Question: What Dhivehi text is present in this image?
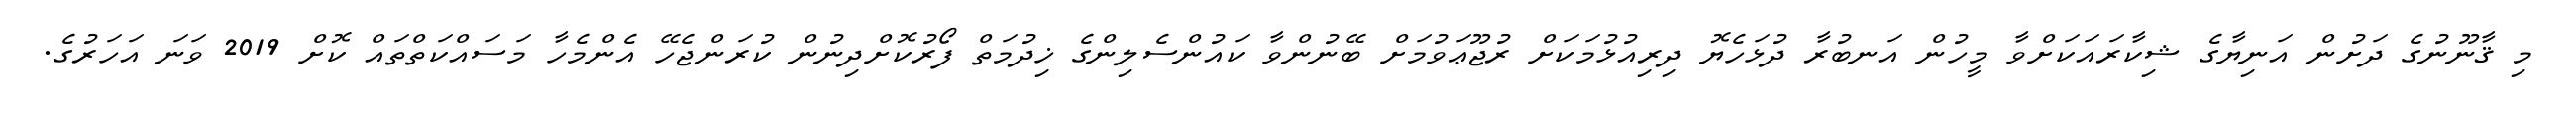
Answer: މި ޤާނޫނުގެ ދަށުން އަނިޔާގެ ޝިކާރައަކަށްވާ މީހުން އަނބުރާ ދުޅަހެޔޮ ދިރިއުޅުމަކަށް ރުޖޫޢަވުމަށް ބޭނުންވާ ކައުންސެލިންގެ ޚިދުމަތް ފޯރުކޮށްދިނުން ކުރަންޖެހޭ އެންމެހާ މަސައްކަތްތައް ކޮށް 2019 ވަނަ އަހަރުގެ.